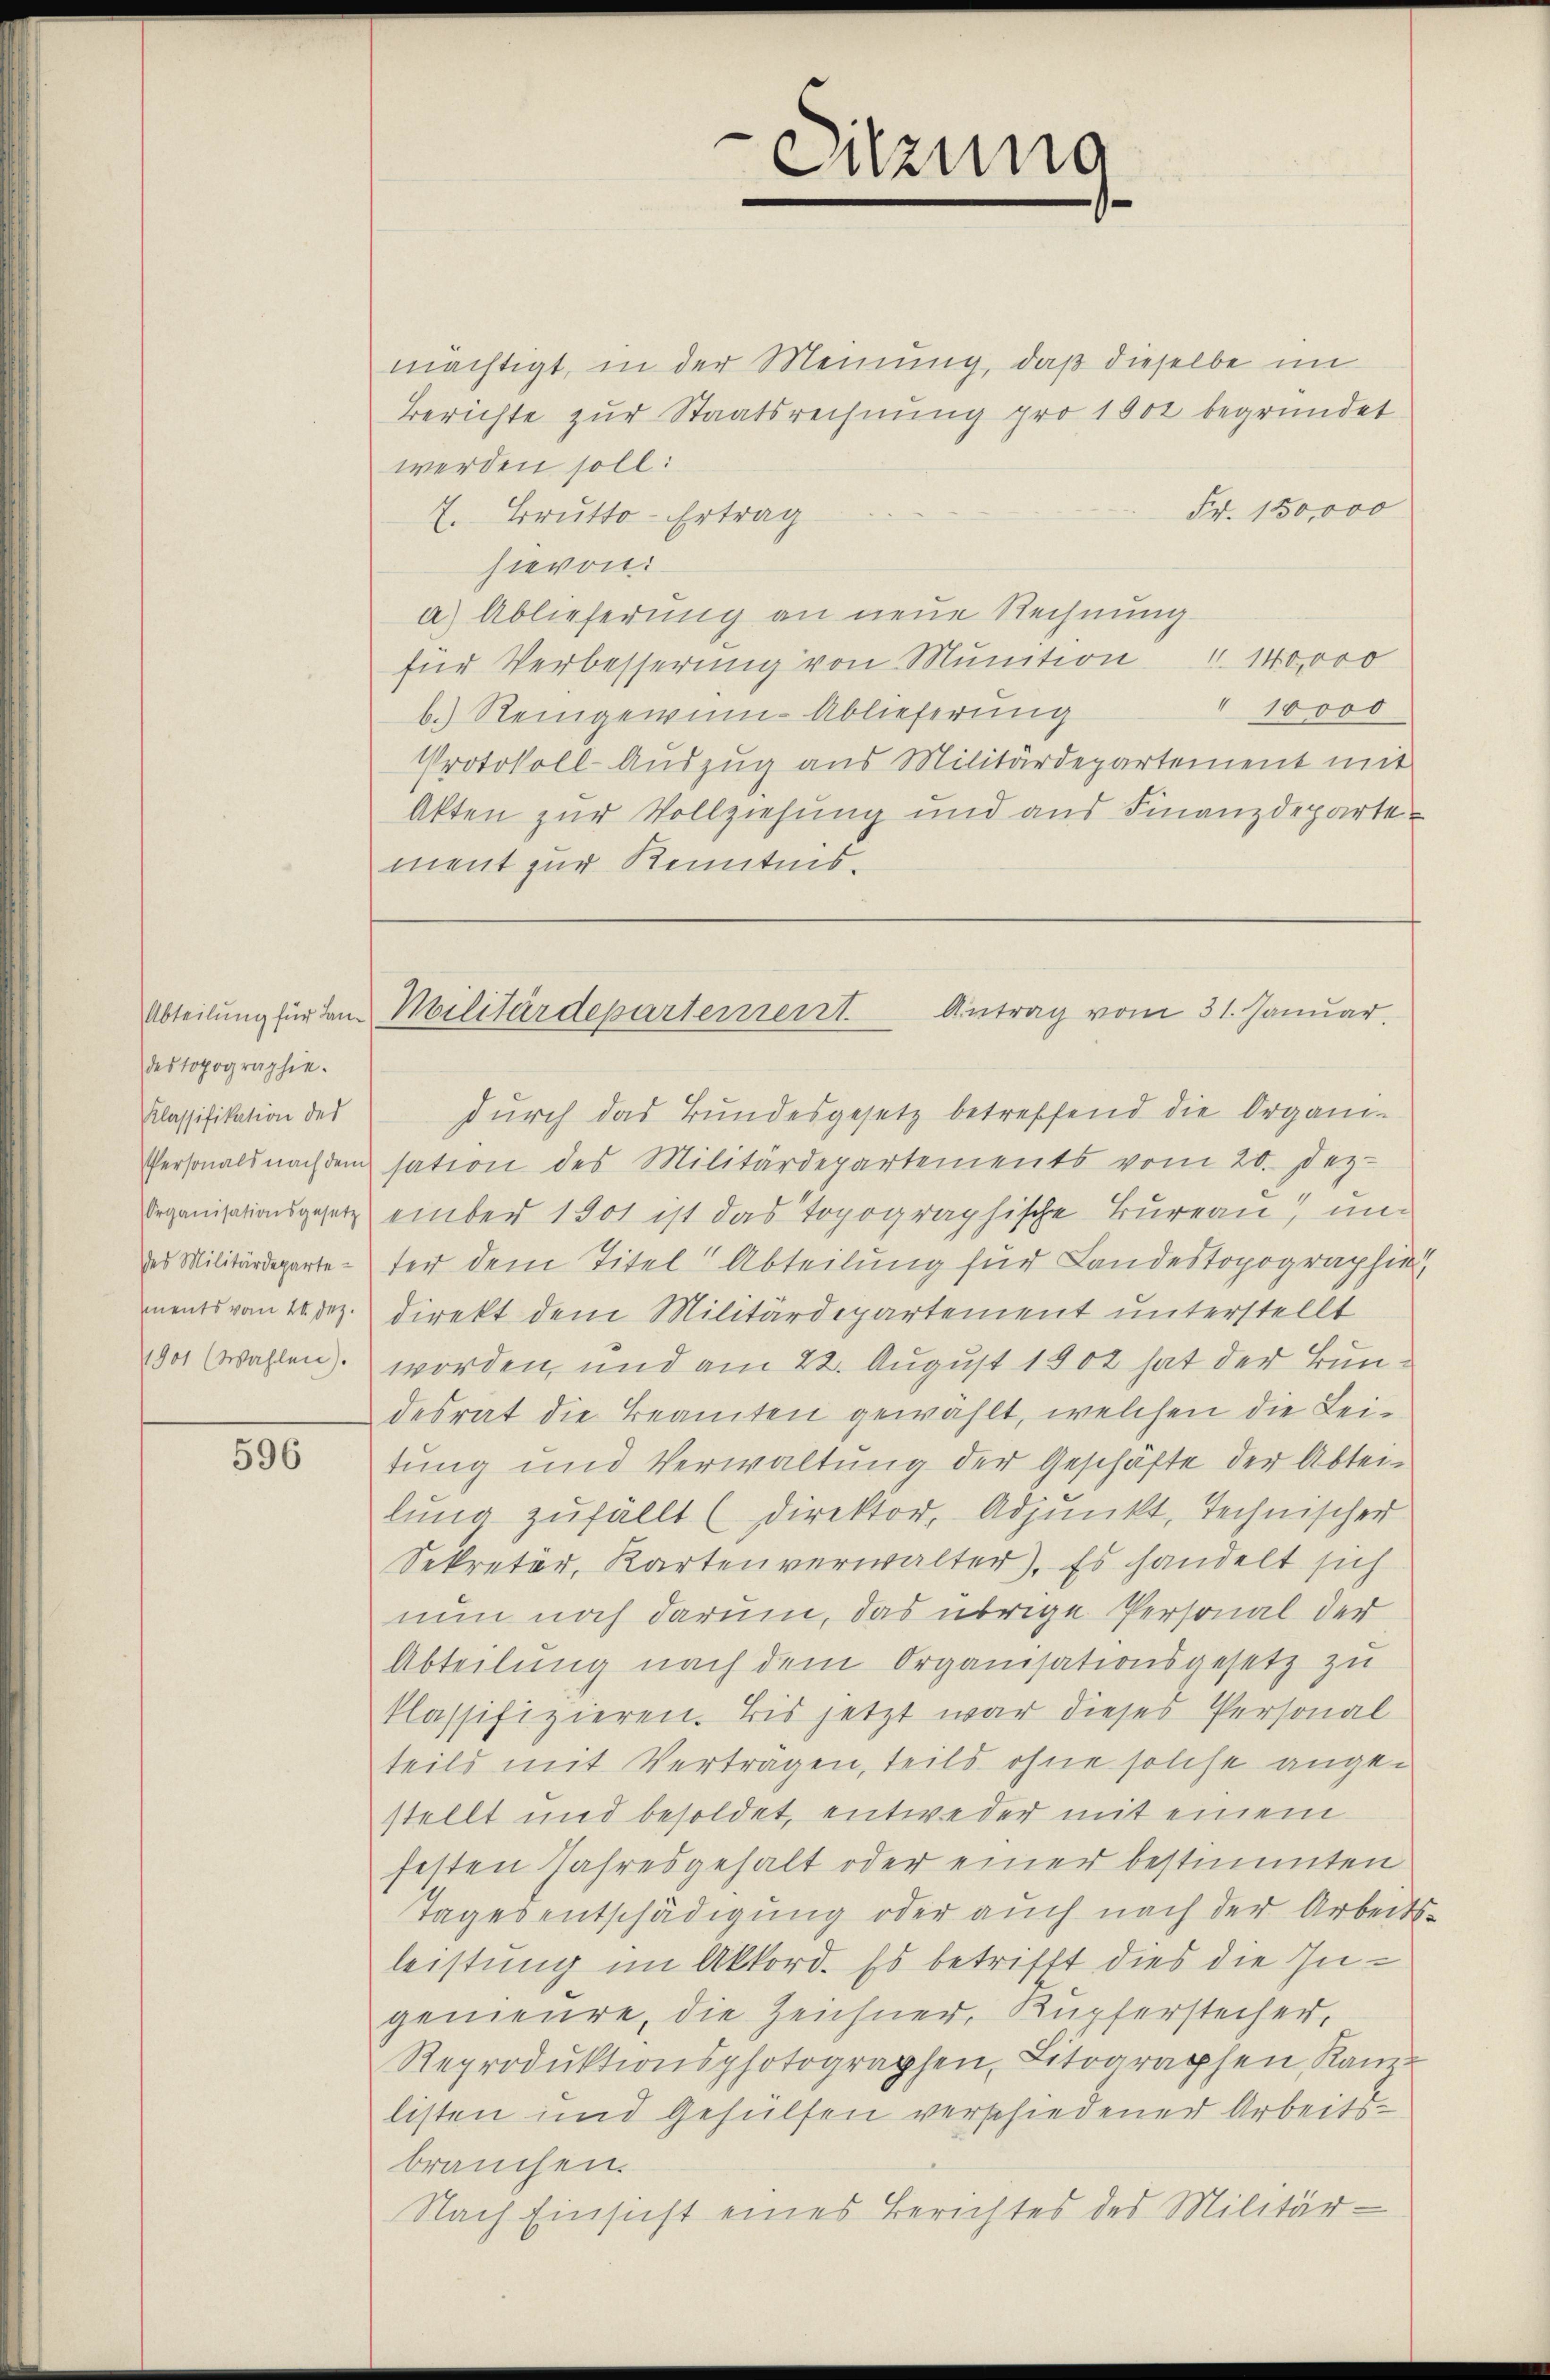
destopographie.
Klassifikation des
des Militärdepartements vom 20. Dez.
1901 (Wahlen).

596

-Sitzung

mächtigt, in der Meinung, daß dieselbe im
Berichte zur Staatsrechnung pro 1902 begründet
werden soll:
Fr. 150,000
7. Brutto-Ertrag
hievon
a) Ablieferung an neue Rechnung
für Verbesserung von Munition " 140,000
" 10000
b. Reingewin-Ablieferung
Protokoll-Auszug aus Militärdepartement mit
Akten zur Vollziehung und aus Finanzdepartement zur Kenntnisdurch das Bundesgesetz betreffend die Organi¬
Personals nachdem sation des Militärdepartements vom 20. Dez.
Organisationsgesetz ember 1901 ist das Topographische Bureau unter dem Titel Abteilung für Landestopographie.
direkt dem Militärdepartement unterstellt
worden, und am 22. August 1902 hat der Bundesrat die Beamten gewählt, welchen die Leitung und Verwaltung der Geschäfte der Abtei-
lŭng zŭfällt (direktor, Adjunkt, Technischer
Sekretär, Kartenverwalter). Es handelt sich
nun noch darum, das übrige Personal der
Abteilung nach dem Organisationsgesetz zu
klassifizieren. Bis jetzt war dieses Personal
teils mit Verträgen, teils ohne solche angestellt und besoldet, entweder mit einem
festen Jahresgehalt oder einer bestimmten
Tages entschädigung oder auch nach der Arbeits
leistung im Akkord. Es betrifft dies die Ingenieure, die Zeichner, Kupferstecher,
Reproduktionsphotographen, Litographen, Kanz
listen und Gehülfen verschiedener Arbeitsbrauchen.
Nach Einsicht eines Berichtes des Militär¬

Abteilung für dem Militärdepartement. Antrag vom 31. Januar.